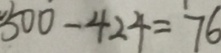
5 0 0 - 4 2 4 = 7 6